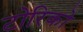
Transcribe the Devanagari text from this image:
टोरिको